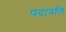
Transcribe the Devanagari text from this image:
पदावलि